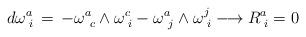
LaTeX: \begin{align*}d\omega^a_{\phantom{i}i}\,=\,-\omega^a_{\phantom{c}c}\wedge\omega^c_{\phantom{i}i}-\omega^a_{\phantom{j}j}\wedge\omega^j_{\phantom{i}i}\longrightarrow R^a_{\phantom{i}i}=0\end{align*}